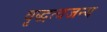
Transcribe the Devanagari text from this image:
वृद्धत्वजन्य